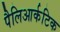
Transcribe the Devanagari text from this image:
पैलिआर्कटिक